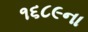
૧૬૮૯ના